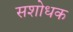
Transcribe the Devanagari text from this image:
सशोधक